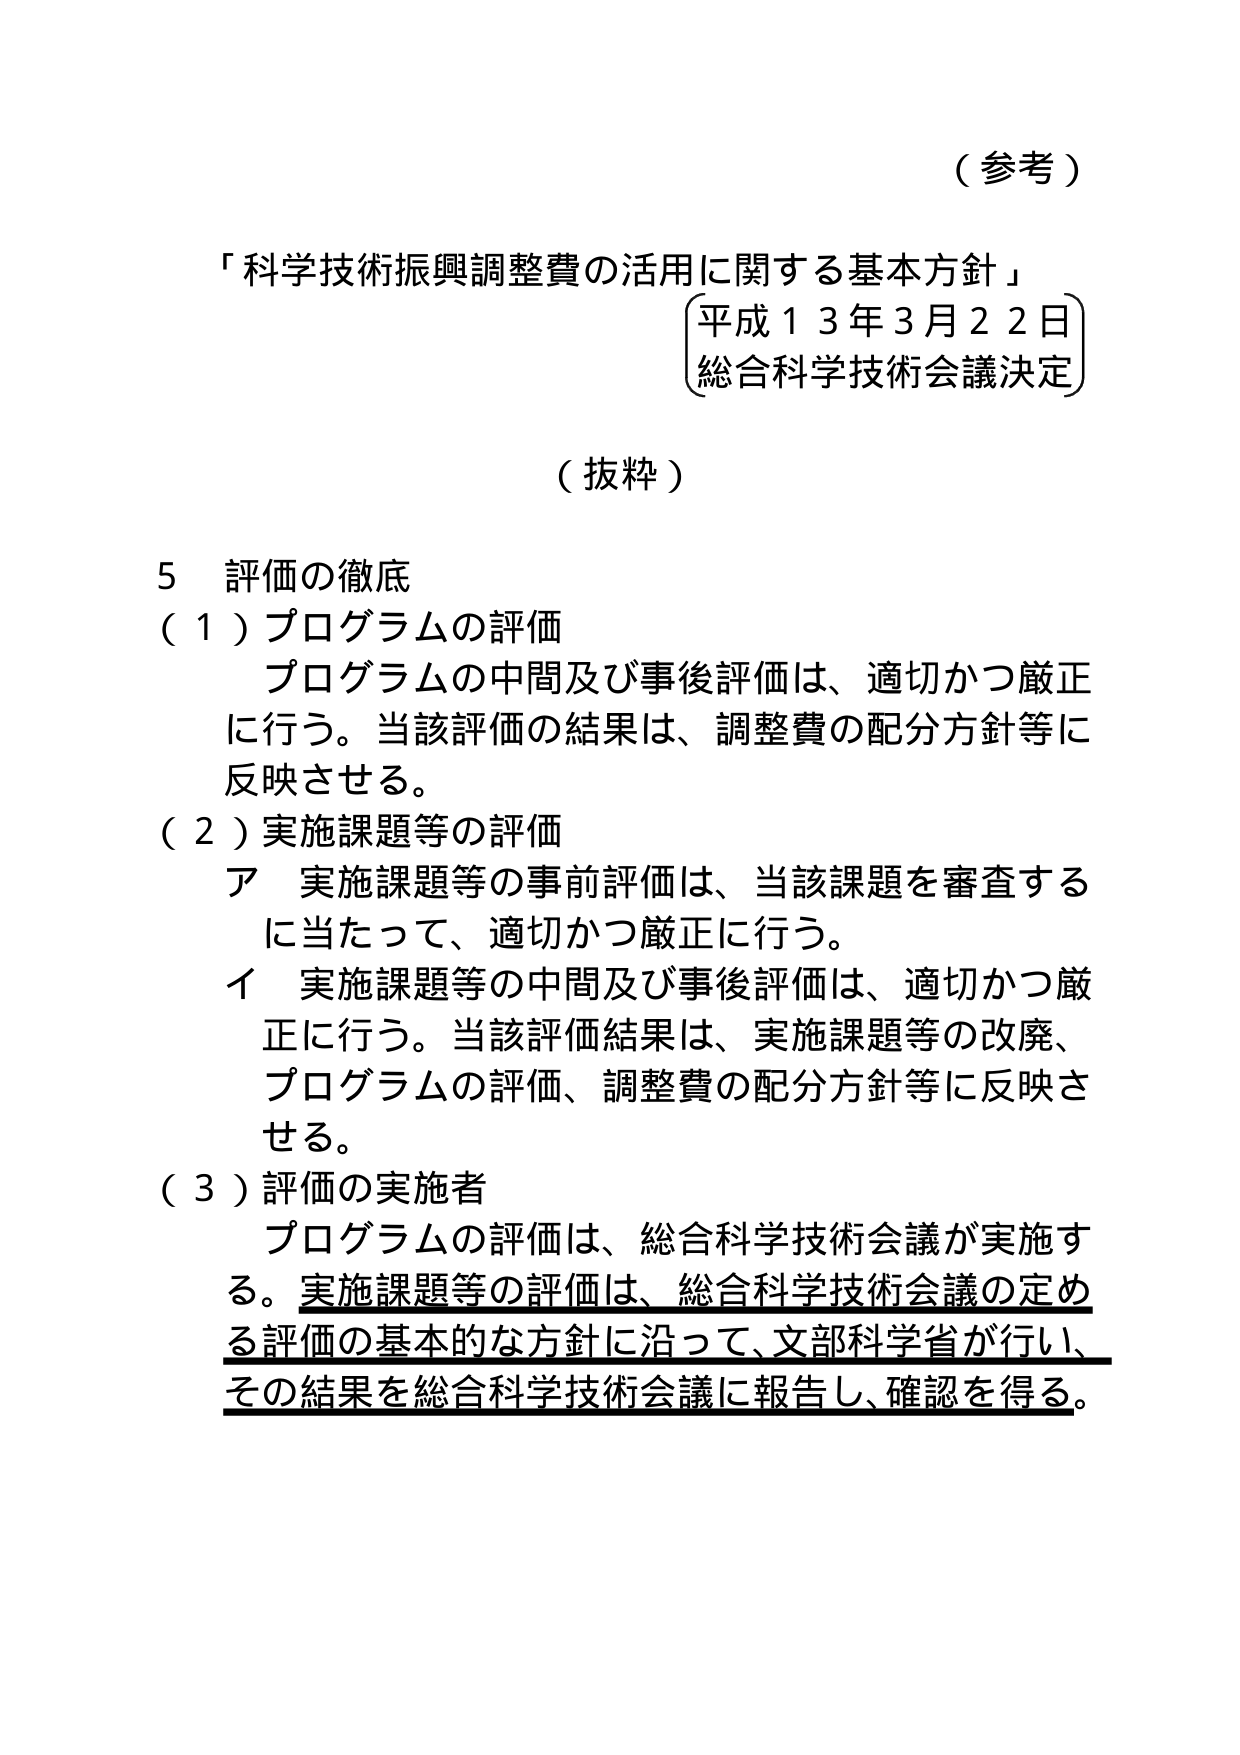
（参考）

「科学技術振興調整費の活用に関する基本方針」
（平成１３年３月２２日）
総合科学技術会議決定

（抜粋）

５ 評価の徹底
（１）プログラムの評価
　プログラムの中間及び事後評価は、適切かつ厳正に行う。当該評価の結果は、調整費の配分方針等に反映させる。
（２）実施課題等の評価
　ア 実施課題等の事前評価は、当該課題を審査するに当たって、適切かつ厳正に行う。
　イ 実施課題等の中間及び事後評価は、適切かつ厳正に行う。当該評価結果は、実施課題等の改廃、プログラムの評価、調整費の配分方針等に反映させる。
（３）評価の実施者
　プログラムの評価は、総合科学技術会議が実施する。実施課題等の評価は、総合科学技術会議の定める評価の基本的な方針に沿って、文部科学省が行い、その結果を総合科学技術会議に報告し、確認を得る。